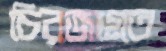
চিরজাগ্রত